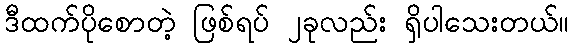
ဒီထက်ပိုစောတဲ့ ဖြစ်ရပ် ၂ခုလည်း ရှိပါသေးတယ်။